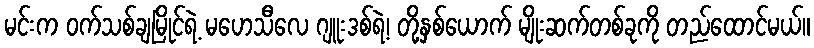
မင်းက ဝက်သစ်ချမြိုင်ရဲ့ မဟေသီလေ ဂျူးဒစ်ရဲ့၊ တို့နှစ်ယောက် မျိုးဆက်တစ်ခုကို တည်ထောင်မယ်။